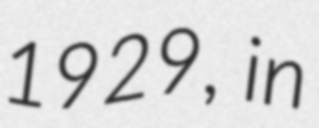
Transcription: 1929, in